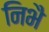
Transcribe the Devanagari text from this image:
निभै